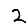
Digit: 2